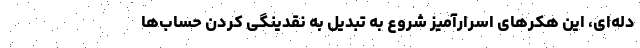
دله‌ای، این هکرهای اسرارآمیز شروع به تبدیل به نقدینگی کردن حساب‌ها